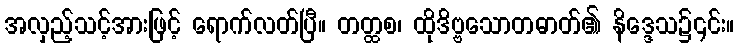
အလှည့်သင့်အားဖြင့် ရောက်လတ်ပြီ။ တတ္ထစ၊ ထိုဒိဗ္ဗသောတဓာတ်၏ နိဒ္ဒေသ၌၎င်း။